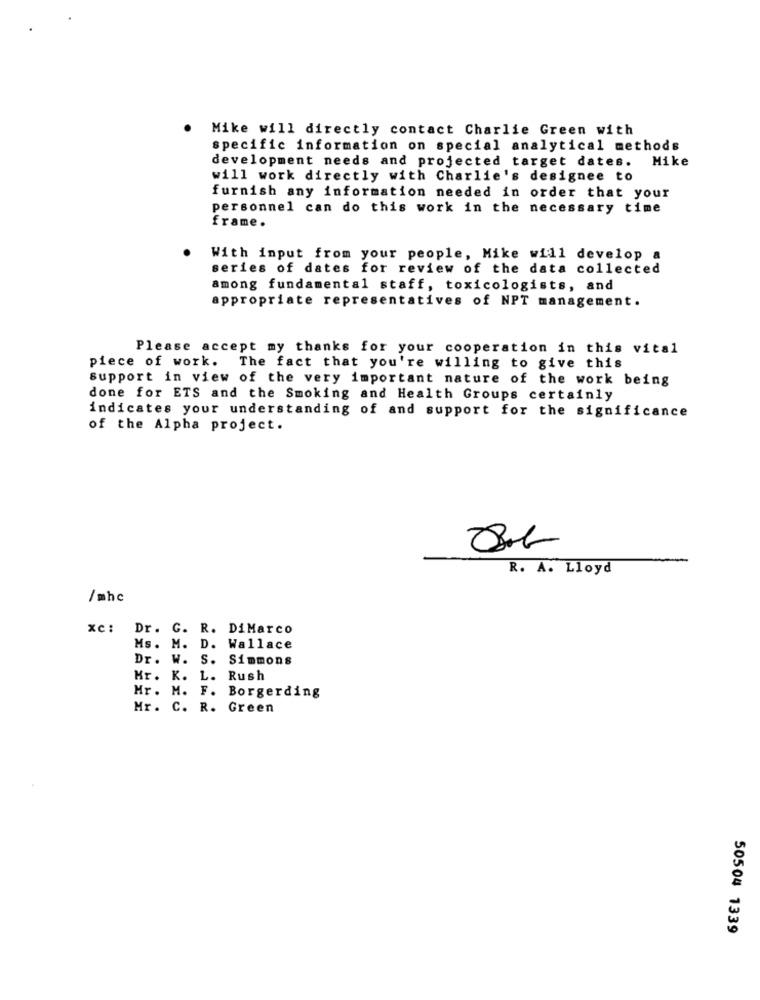
Mike will directly contact Charlie Green with
specific information on special analytical methods
development needs and projected target dates.
Mike
will work directly with Charlie's designee to
furnish any information needed in order that your
personnel can do this work in the necessary time
frame.
With input from your people, Mike will develop a
series of dates for review of the data collected
among fundamental staff, toxicologists, and
appropriate representatives of NPT management.
Please accept my thanks for your cooperation in this vital
piece of work. The fact that you're willing to give this
Support in view of the very important nature of the work being
done for ETS and the Smoking and Health Groups certainly
indicates your understanding of and support for the significance
of the Alpha project.
R. A. Lloyd
/ mhc
xc: Dr. G. R. DiMarco
Ms. M. D. Wallace
Dr. W. S. Simmons
Mr. K. L. Rush
Mr. M. F. Borgerding
Mr. C. R. Green
50504 1339